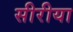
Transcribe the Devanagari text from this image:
सीरीया